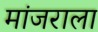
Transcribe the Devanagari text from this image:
मांजराला